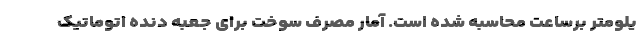
یلومتر برساعت محاسبه شده است. آمار مصرف سوخت برای جعبه دنده اتوماتیک